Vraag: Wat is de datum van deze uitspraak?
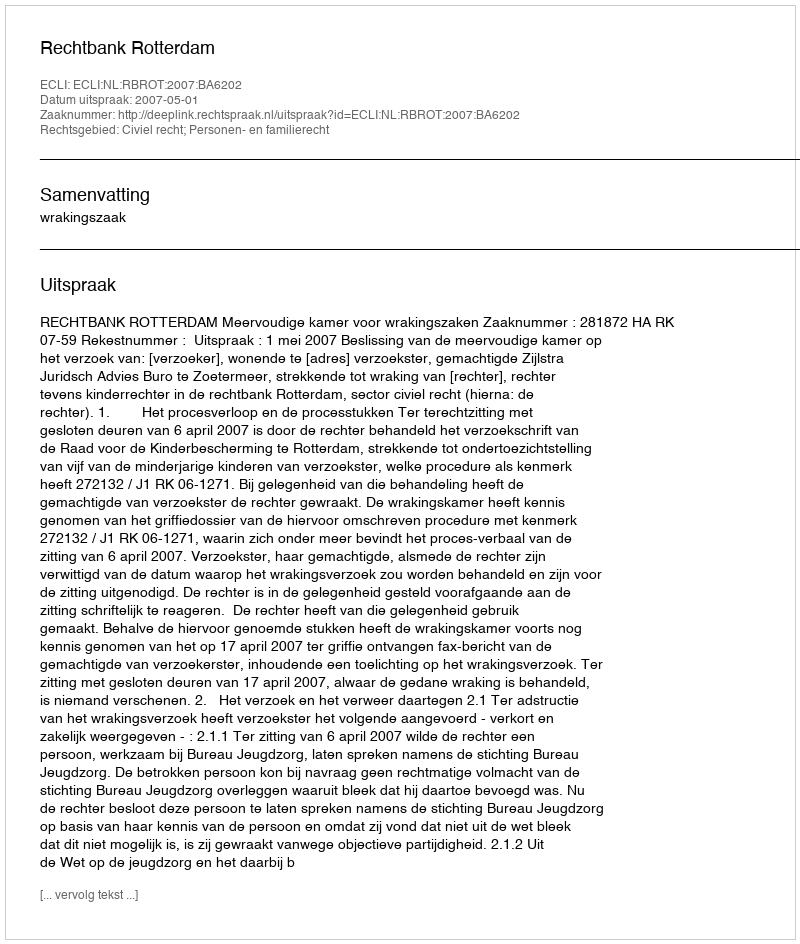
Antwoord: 2007-05-01